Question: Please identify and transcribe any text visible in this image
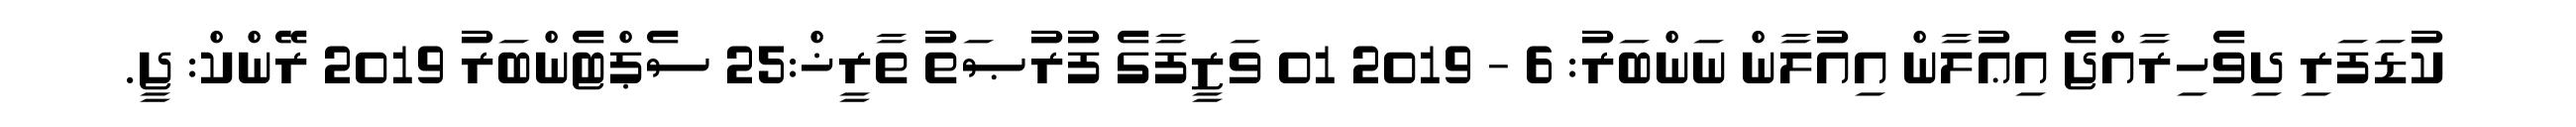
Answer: ކުޑަފަރި ދިވެހިރާއްޖެ އިޢުލާން އިއުލާން ނަންބަރު: 6 - 2019 01 ވަޒީފާގެ ފުރުޞަތު ތާރީޚް:25 ސެޕްޓެންބަރު 2019 ރޭންކް: ޖީ.